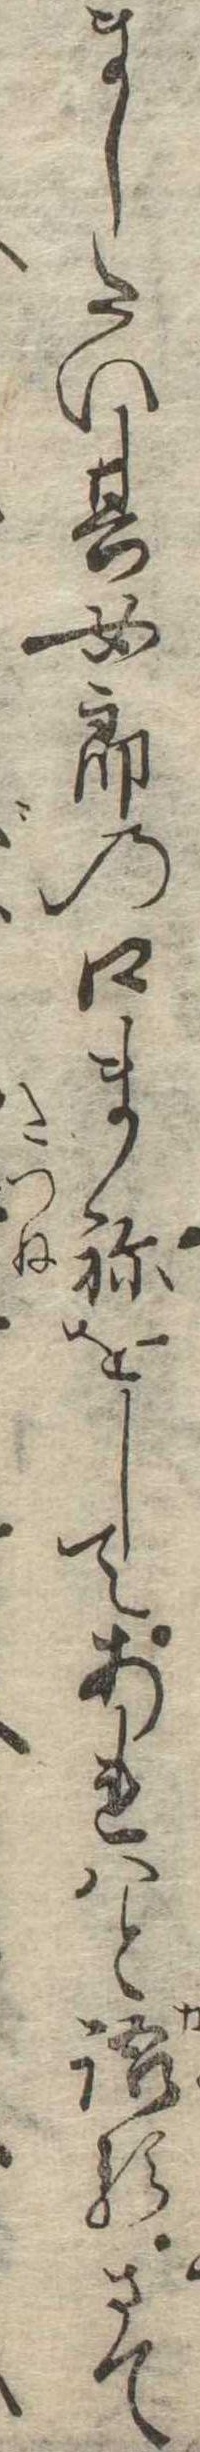
ましたい其女郎の口まねをしてあれはと語るさて